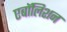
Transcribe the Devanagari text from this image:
एबॉलिशन